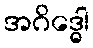
အဂိဒ္ဓေါ